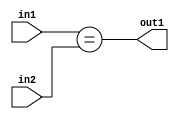
`timescale 1ps / 1ps
/*****************************************************************************
    Verilog RTL Description
    
    
    Created by: Stratus DpOpt 2019.1.01 
*******************************************************************************/

module GaussFilter_Equal_2Ux1U_1U_1 (
	in2,
	in1,
	out1
	); /* architecture "behavioural" */ 
input [1:0] in2;
input  in1;
output  out1;
wire  asc001;

assign asc001 = (in1==in2);

assign out1 = asc001;
endmodule

/* CADENCE  urnzTQs= : u9/ySgnWtBlWxVPRXgAZ4Og= ** DO NOT EDIT THIS LINE ******/